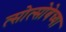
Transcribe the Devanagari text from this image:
त्सोत्सोबेच्या